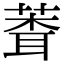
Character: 𬝞